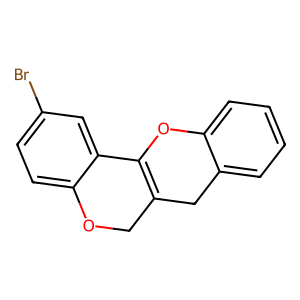
SMILES: Brc1ccc2c(c1)C1=C(CO2)Cc2ccccc2O1
Inhibits HIV replication: No